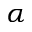
\alpha